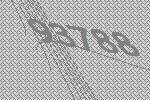
93788